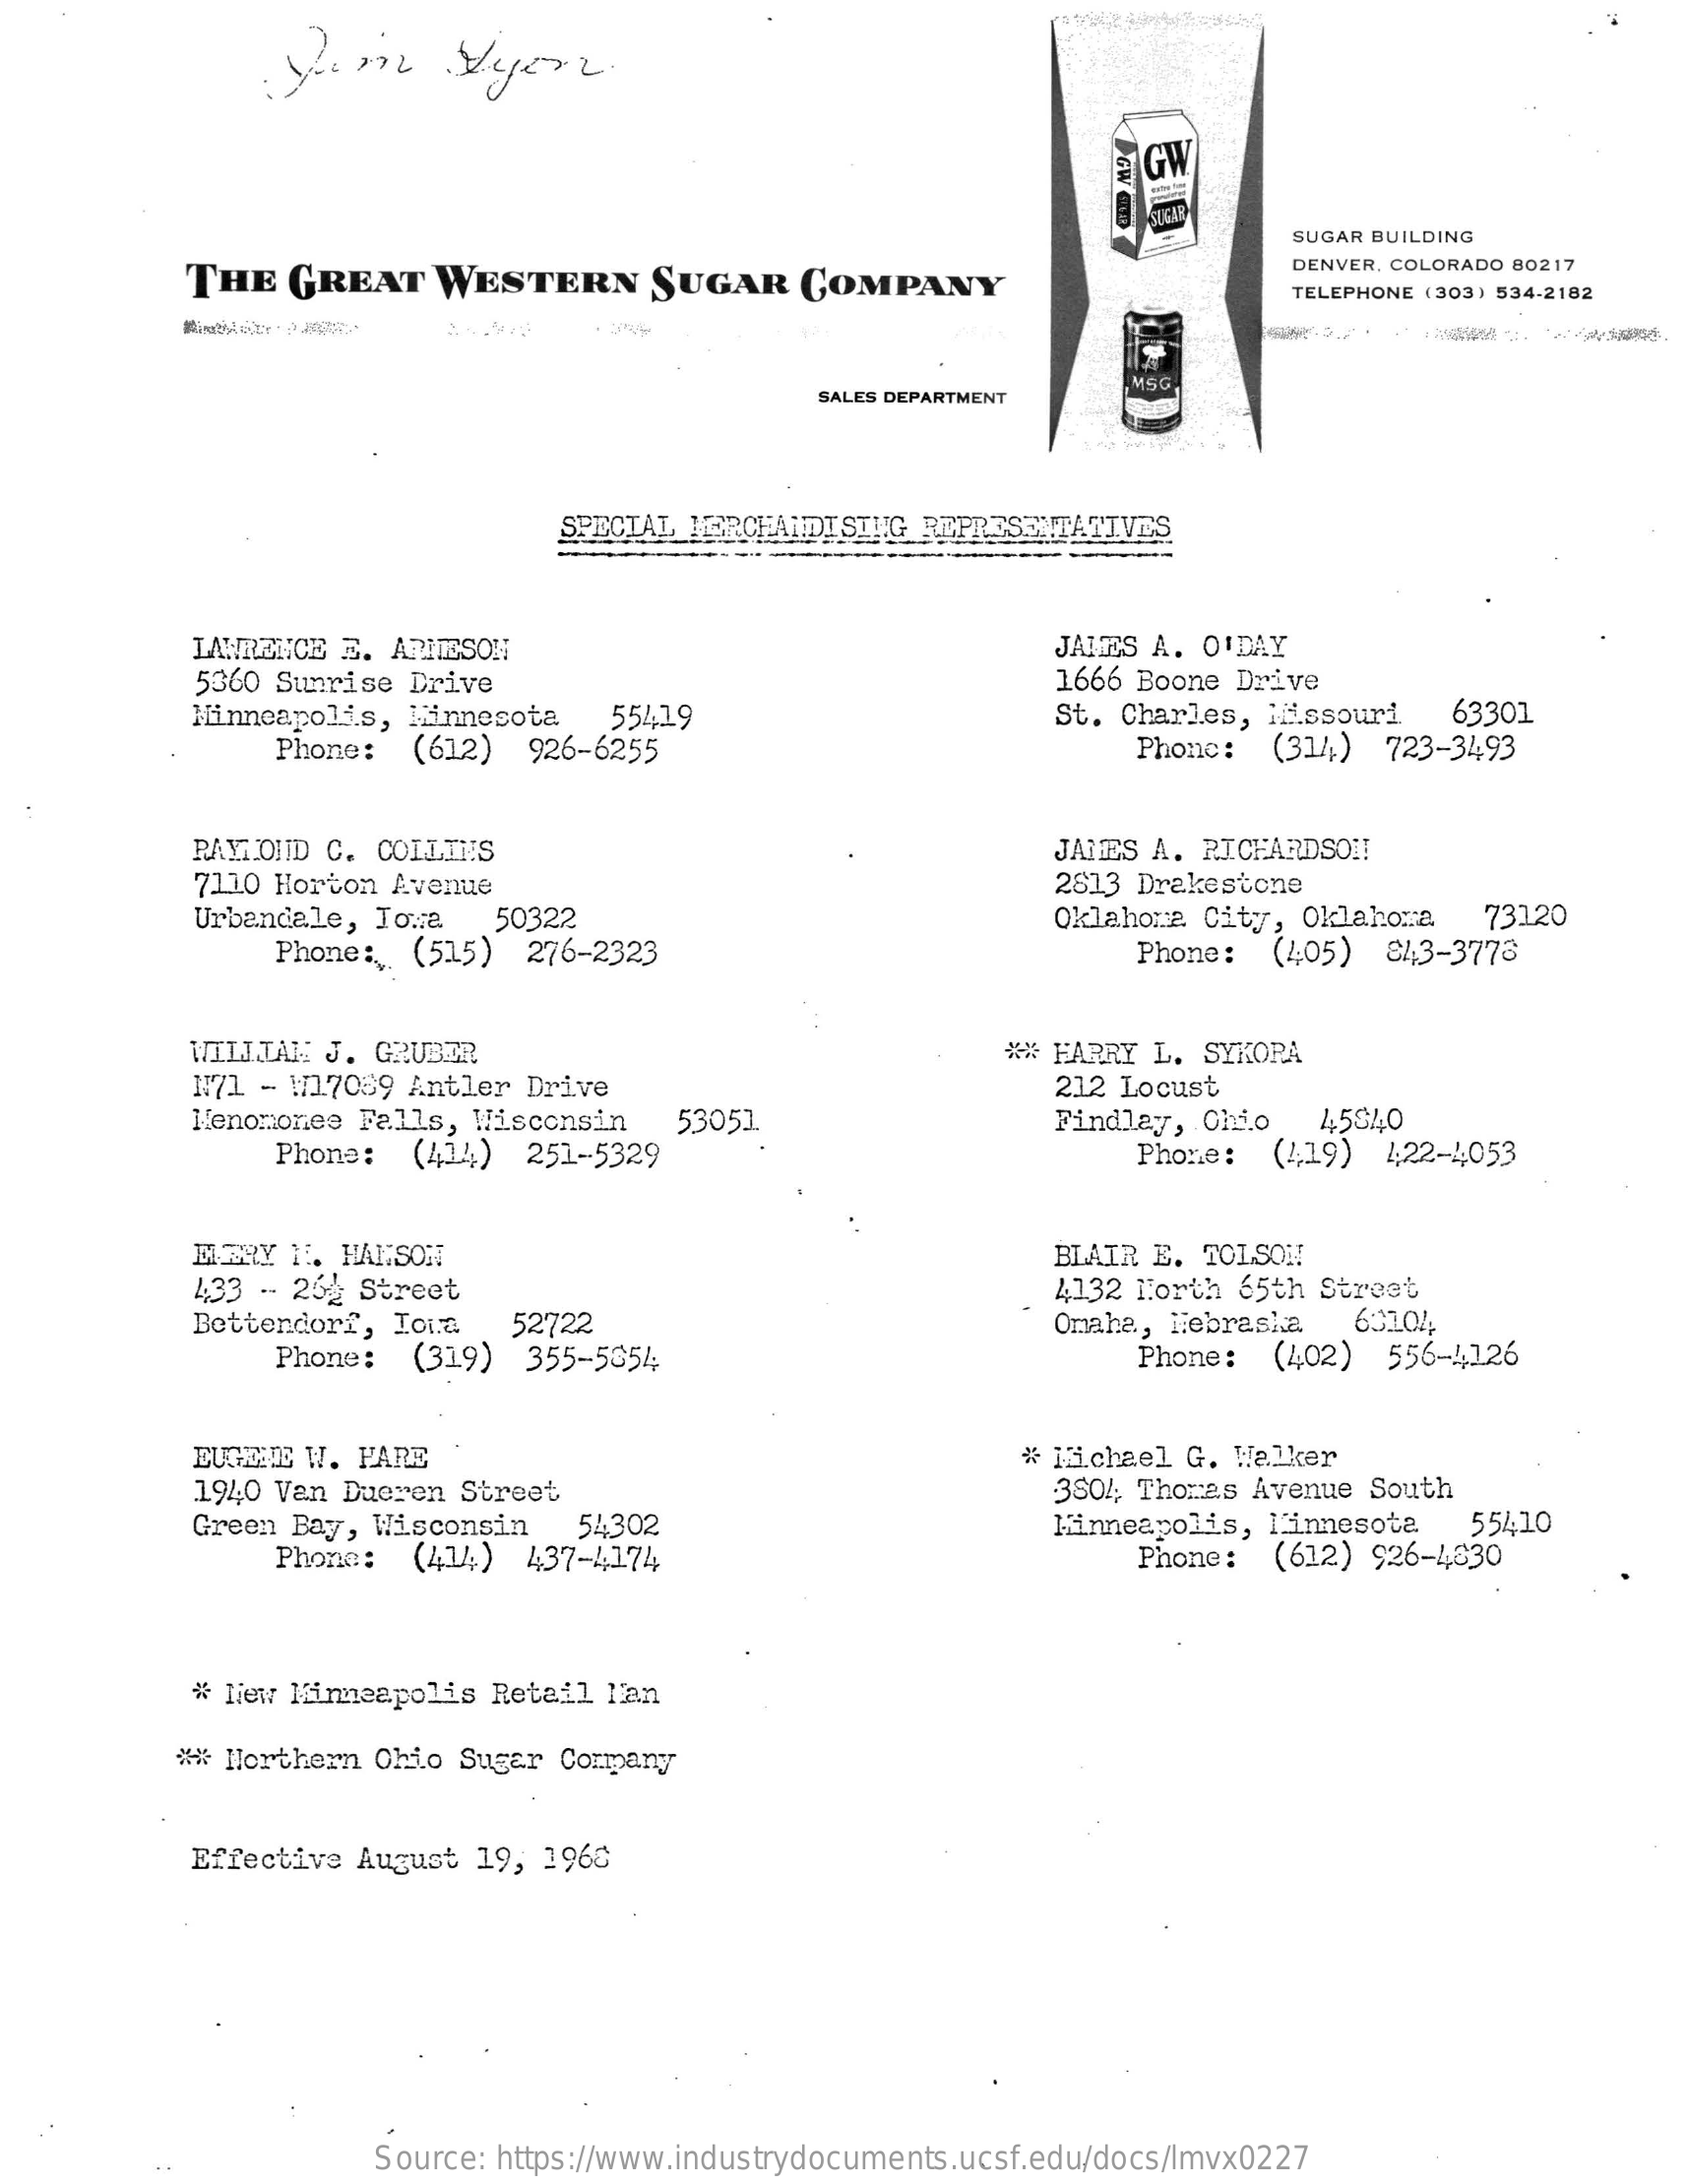
GW GW
     SUGAR BUILDING
     THE   GREAT    WESTERN    SUGAR    COMPANY
     DENVER, COLORADO 80217
     TELEPHONE (303) 534-2182
     SALES DEPARTMENT
     MSG
     SPECIAL MERCHANDISING MAWIANON  TATIVES
     LAWRENCE E. ARIESON    JAMES A. O'DAY
     5360 Sunrise Drive    1666 Boone  Drive
     Minneapolis, Minnesota
     Phone:   (612)  926-6255
     55419    St. Charles,  Missouri   63301
     Phone:   (314)  723-3493
     RAYMOND C. COLLINS    JAMES A. RICHARDSON
     7110 Horton Avenue    2813 Drakestone
     Urbandale, Iowa    50322    Oklahoma City,  Oklahora   73120
     Phone:  (515)   276-2323    Phone:  (405)  843-3773
     WILLIAN J. GRUBER
     N71 - W17059 Antler  Drive
     ** HARRY L.  SYKORA
     212 Locust
     Menomonee Falls, Wisconsin    45$40
     Phone:   (414)  251-5329
     53051.    Findlay, Chio
     Phone:  (419)  4:22-4053
     MERY  M. HAISON    BLAIR E.  TOLSON
     433 - 262 Street
     Bettendorf, Iowa
     4132 North  65th Street
     52722    Omaha, Nebraska    60104
     Phone:  (319)   355-5054    Phone:  (402)  556-4126
     EUGENE W. PARE    # Michael G.  Walker
     1940 Van Dueren  Street    3804; Thomas Avenue South
     Green Bay, Wisconsin    54302
     Phone:  (414)   437-4174
     Minneapolis,  Minnesota    55410
     Phone:  (612) 926-4830
     * New Minneapolis Retail  lan
     Northern Chio  Sugar Company
     Effective August  19, 1960
     Source: https://www.industrydocuments.ucsf.edu/docs/lmvx0227